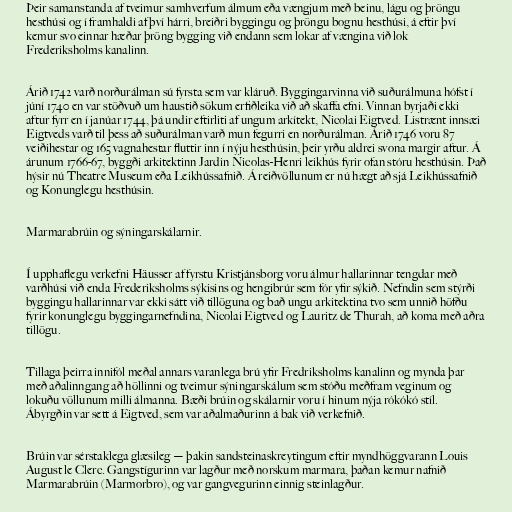
Þeir samanstanda af tveimur samhverfum álmum eða vængjum með beinu, lágu og þröngu
hesthúsi og í framhaldi af því hárri, breiðri byggingu og þröngu bognu hesthúsi, á eftir því
kemur svo einnar hæðar þröng bygging við endann sem lokar af vængina við lok
Frederiksholms kanalinn.

Árið 1742 varð norðurálman sú fyrsta sem var kláruð. Byggingarvinna við suðurálmuna hófst í
júní 1740 en var stöðvuð um haustið sökum erfiðleika við að skaffa efni. Vinnan byrjaði ekki
aftur fyrr en í janúar 1744, þá undir eftirliti af ungum arkítekt, Nicolai Eigtved. Listrænt innsæi
Eigtveds varð til þess að suðurálman varð mun fegurri en norðurálman. Árið 1746 voru 87
veiðihestar og 165 vagnahestar fluttir inn í nýju hesthúsin, þeir yrðu aldrei svona margir aftur. Á
árunum 1766-67, byggði arkitektinn Jardin Nicolas-Henri leikhús fyrir ofan stóru hesthúsin. Það
hýsir nú Theatre Museum eða Leikhússafnið. Á reiðvöllunum er nú hægt að sjá Leikhússafnið
og Konunglegu hesthúsin.

Marmarabrúin og sýningarskálarnir.

Í upphaflegu verkefni Häusser af fyrstu Kristjánsborg voru álmur hallarinnar tengdar með
varðhúsi við enda Frederiksholms sýkisins og hengibrúr sem fór yfir sýkið. Nefndin sem stýrði
byggingu hallarinnar var ekki sátt við tillöguna og bað ungu arkitektina tvo sem unnið höfðu
fyrir konunglegu byggingarnefndina, Nicolai Eigtved og Lauritz de Thurah, að koma með aðra
tillögu.

Tillaga þeirra innifól meðal annars varanlega brú yfir Fredriksholms kanalinn og mynda þar
með aðalinngang að höllinni og tveimur sýningarskálum sem stóðu meðfram veginum og
lokuðu völlunum milli álmanna. Bæði brúin og skálarnir voru í hinum nýja rókókó stíl.
Ábyrgðin var sett á Eigtved, sem var aðalmaðurinn á bak við verkefnið.

Brúin var sérstaklega glæsileg — þakin sandsteinaskreytingum eftir myndhöggvarann Louis
August le Clerc. Gangstígurinn var lagður með norskum marmara, þaðan kemur nafnið
Marmarabrúin (Marmorbro), og var gangvegurinn einnig steinlagður.